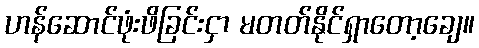
ဟန်ဆောင်ဖုံးဖိခြင်းငှာ မတတ်နိုင်ရှာတော့ချေ။